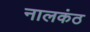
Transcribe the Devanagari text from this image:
नालकंठ